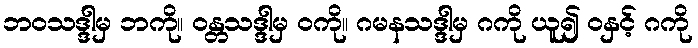
ဘဝသဒ္ဒါမှ ဘကို။ ဝန္တသဒ္ဒါမှ ဝကို။ ဂမနသဒ္ဒါမှ ဂကို ယူ၍ ဝနှင့် ဂကို